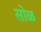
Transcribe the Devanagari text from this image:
सोळ